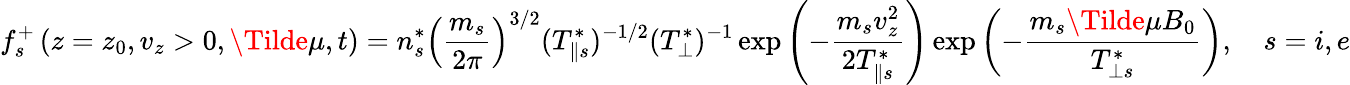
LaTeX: f_{s}^{+}\left(z=z_{0},v_{z}>0,\Tilde{\mu},t\right)=n_{s}^{*}\left(\frac{m_{s}}{2\pi}\right)^{3/2}(T_{\| s}^{*})^{-1/2}(T_{\perp}^{*})^{-1}\exp\left(-\frac{m_{s}v_{z}^{2}}{2T_{\| s}^{*}}\right)\exp\left(-\frac{m_{s}\Tilde{\mu}B_{0}}{T_{\perp s}^{*}}\right),\quad s=i,e